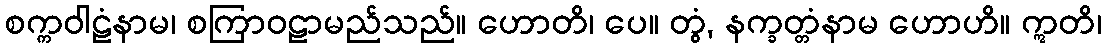
စက္ကဝါဠံနာမ၊ စကြာဝဠာမည်သည်။ ဟောတိ၊ ပေ။ တွံ, နက္ခတ္တံနာမ ဟောဟိ။ ဣတိ၊